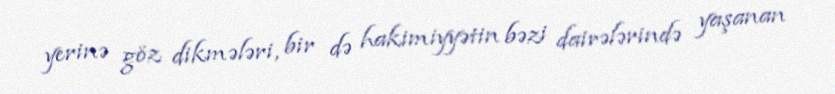
yerinə göz dikmələri, bir də hakimiyyətin bəzi dairələrində yaşanan